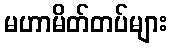
မဟာမိတ်တပ်များ